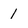
Character: 1